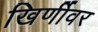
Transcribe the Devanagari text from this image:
खिर्णीवर